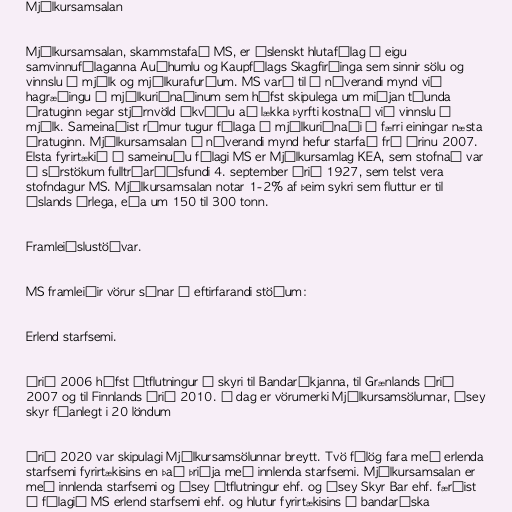
Mjólkursamsalan

Mjólkursamsalan, skammstafað MS, er íslenskt hlutafélag í eigu
samvinnufélaganna Auðhumlu og Kaupfélags Skagfirðinga sem sinnir sölu og
vinnslu á mjólk og mjólkurafurðum. MS varð til í núverandi mynd við
hagræðingu í mjólkuriðnaðinum sem hófst skipulega um miðjan tíunda
áratuginn þegar stjórnvöld ákváðu að lækka þyrfti kostnað við vinnslu á
mjólk. Sameinaðist rúmur tugur félaga í mjólkuriðnaði í færri einingar næsta
áratuginn. Mjólkursamsalan í núverandi mynd hefur starfað frá árinu 2007.
Elsta fyrirtækið í sameinuðu félagi MS er Mjólkursamlag KEA, sem stofnað var
á sérstökum fulltrúaráðsfundi 4. september árið 1927, sem telst vera
stofndagur MS. Mjólkursamsalan notar 1-2% af þeim sykri sem fluttur er til
Íslands árlega, eða um 150 til 300 tonn.

Framleiðslustöðvar.

MS framleiðir vörur sínar á eftirfarandi stöðum:

Erlend starfsemi.

Árið 2006 hófst útflutningur á skyri til Bandaríkjanna, til Grænlands árið
2007 og til Finnlands árið 2010. Í dag er vörumerki Mjólkursamsölunnar, Ísey
skyr fáanlegt i 20 löndum

Árið 2020 var skipulagi Mjólkursamsölunnar breytt. Tvö fé­lög fara með er­lenda
starf­semi fyr­ir­tæk­is­ins en það þriðja með inn­lenda starf­semi. Mjólkursamsalan er
með innlenda starfsemi og Ísey út­flutn­ing­ur ehf. og Ísey Skyr Bar ehf. færðist
í fé­lagið MS er­lend starf­semi ehf. og hlut­ur fyrirtækisins í banda­ríska